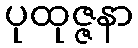
ပုထုဇ္ဇနာ